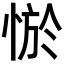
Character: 𢛨